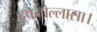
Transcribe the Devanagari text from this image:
दूषनोल्लासा।